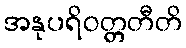
အနုပရိဝတ္တတီတိ